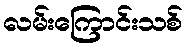
လမ်းကြောင်းသစ်